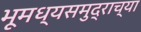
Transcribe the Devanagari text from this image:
भूमध्यसमुद्राच्या